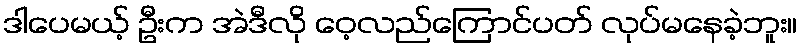
ဒါပေမယ့် ဦးက အဲဒီလို ဝေ့လည်ကြောင်ပတ် လုပ်မနေခဲ့ဘူး။